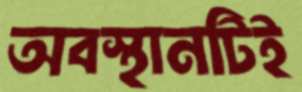
অবস্থানটিই